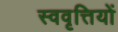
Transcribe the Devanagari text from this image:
स्ववृत्तियों